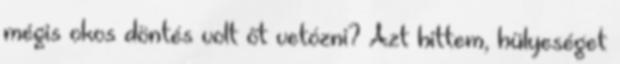
mégis okos döntés volt őt vetózni? Azt hittem, hülyeséget